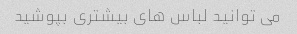
می توانید لباس های بیشتری بپوشید